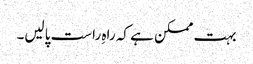
بہت ممکن ہے کہ راہِ راست پالیں۔